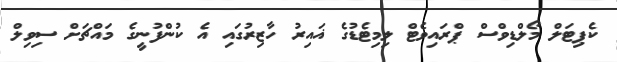
ކެޕިޓަލް މޯލްޑިވްސް ޕްރައިވެޓް ލިމިޓެޑުގެ ޣައިރު ހާޒިރުގައި އެ ކުންފުނީގެ މައްޗަށް ސިވިލް